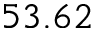
5 3 . 6 2